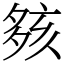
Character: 㚊